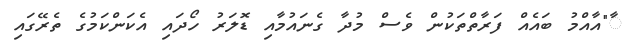
ާ"އާއްމު ބައެއް ފަރާތްތަކުން ވެސް މުދާ ގެނައުމާއި ޑޮލަރު ހޯދައި އެކަންކަމުގެ ތެރޭގައި